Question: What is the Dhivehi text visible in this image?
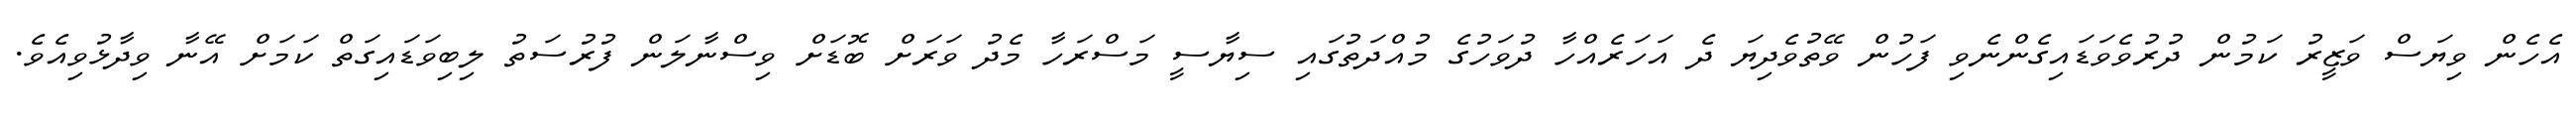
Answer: އެހެން ވިޔަސް ވަޒީރު ކަމުން ދުރުވެވަޑައިގެންނެވި ފަހުން ވޭތުވެދިޔަ ދެ އަހަރެއްހާ ދުވަހުގެ މުއްދަތުގައި ސިޔާސީ މަސްރަހާ މެދު ވަރަށް ބޮޑަށް ވިސްނާލަން ފުރުސަތު ލިބިވަޑައިގަތް ކަމަށް އޭނާ ވިދާޅުވިއެވެ.